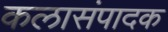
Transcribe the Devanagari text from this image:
कलासंपादक